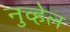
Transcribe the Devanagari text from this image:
नुव्हेल